Report of the Municipal Commissioner on the plague in Bombay for the year ending 31st May... - Volume 3
Disease focus: Plague
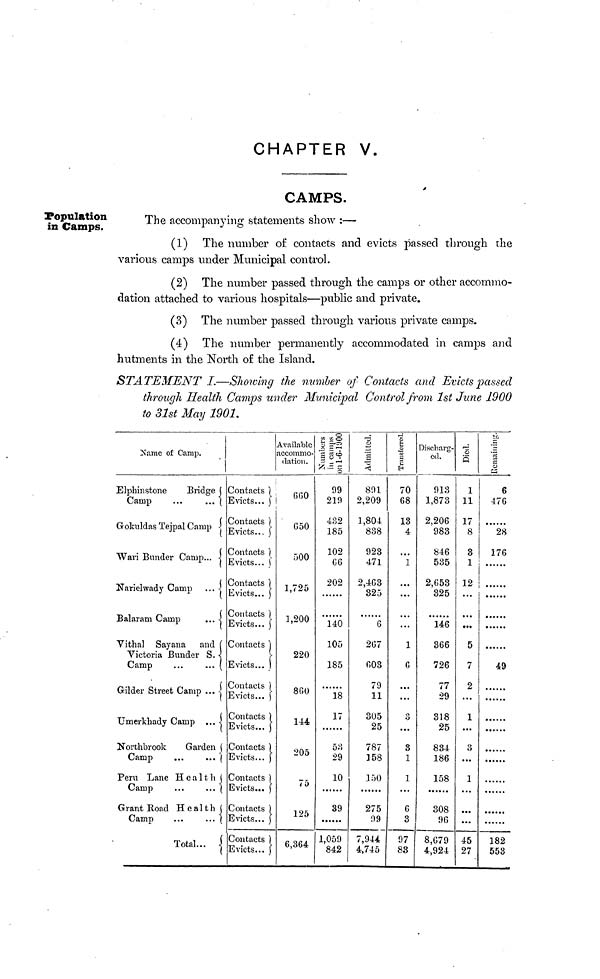
CHAPTER V.
CAMPS.
Population
in Camps.
The accompanying statements show :—
(1) The number of contacts and evicts passed through the
various camps under Municipal control.
(2) The number passed through the camps or other accommo-
dation attached to various hospitals—public and private.
(3) The number passed through various private camps.
(4) The number permanently accommodated in camps and
hutments in the North of the Island.
STATEMENT
I.—Showing the number of Contacts and Evicts passed
through Health Camps under Municipal Control from 1st June 1900
to 31st May 1901.
Name of Camp.
Elphinstone
Bridge
Camp
...
...
Gokuldas Tejpal Camp
Wari Bunder Camp...
Narielwady Camp ...
Balaram Camp
...
Vithal Sayana and
Victoria Bunder S.
Camp
...
... (
Gilder Street Camp ...
Umerkhady Camp ...
Northbrook
Garden
Camp
...
...
Peru Lane Health
Camp
...
...
Grant Road Health
Camp
...
...
Total... |
Contacts
Evicts...
Contacts
Evicts...
Contacts
Evicts...
Contacts
Evicts...
Contacts
Evicts...
Contacts
Evicts...
Contacts
Evicts...
Contacts
Evicts...
Contacts
Evicts...
Contacts
Evicts...
Contacts
Evicts...
Contacts
Evicts...
Available
accommo-
dation.
6G0
650
500
1,725
1,200
220
860
144
205
75
125
6,364
tß x o
E3 ^2
a g«?
99
219
432
185
102
66
202
140
105
185
18
17
53
29
10
39
1,059
842
o
891
2,209
1,804
838
923
471
2,463
325
6
267
603
79
11
305
25
787
]58
150
275
99
7,944
4,745
g
c
H
70
68
13
4
1
...
...
...
1
6
...
...
o
...
3
1
1
6
3
97
83
Discharg-
ed.
913
1,873
2,206
983
846
535
2,653
325
146
366
726
77
29
318
25
834
186
158
308
96
8,G79
4,924
S
1
11
17
8
3
1
12
...
...
5
7
2
...
1
...
3
...
1
...
45
27
SI;
"s
5
M
6
476
28
176
49
182
553